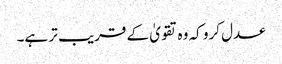
عدل کرو کہ وہ تقویٰ کے قریب تر ہے۔